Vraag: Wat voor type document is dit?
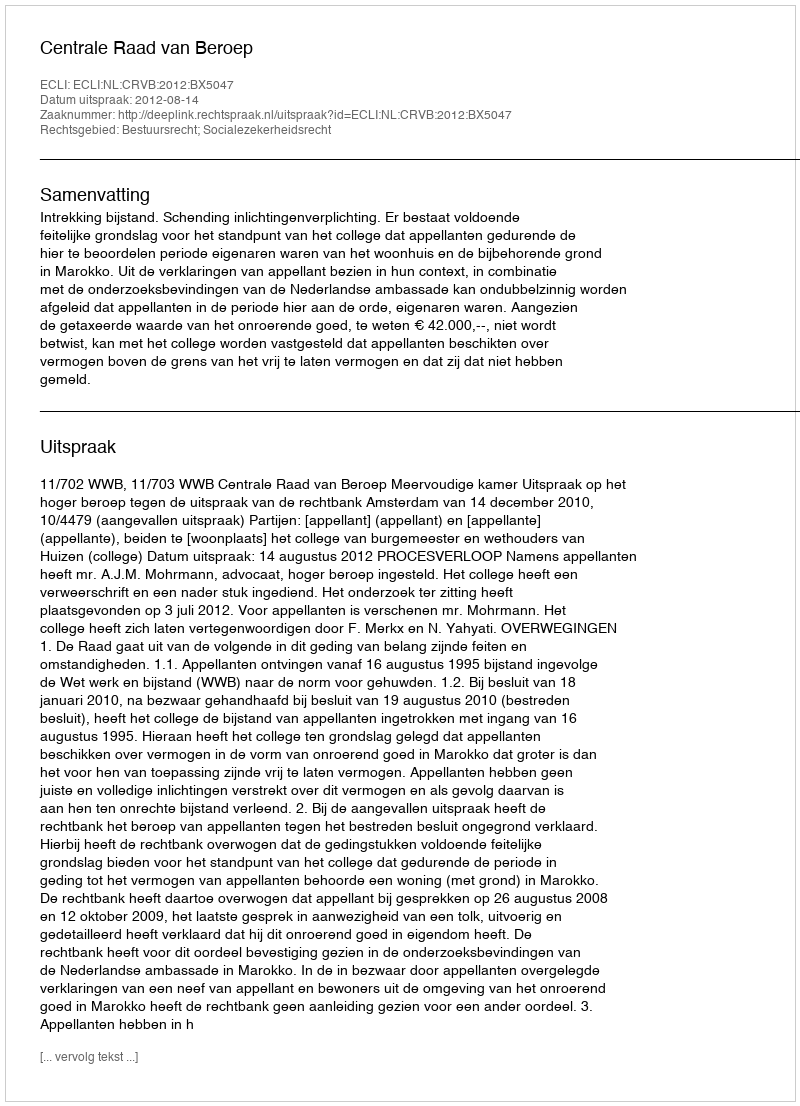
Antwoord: Uitspraak